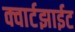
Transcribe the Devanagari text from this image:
क्वार्टझाईट